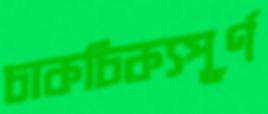
চাকচিক্যপূর্ণ